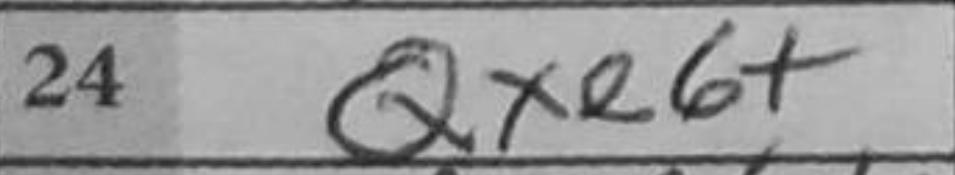
Transcription: Qxe6+